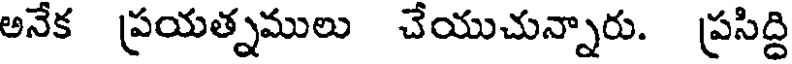
అనేక ప్రయత్నములు చేయుచున్నారు. ప్రసిద్ది